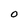
Character: O